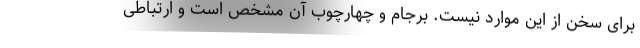
برای سخن از این موارد نیست. برجام و چهارچوب آن مشخص است و ارتباطی